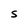
Character: S